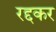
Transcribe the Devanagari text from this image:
रद्दकर